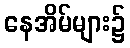
နေအိမ်များ၌